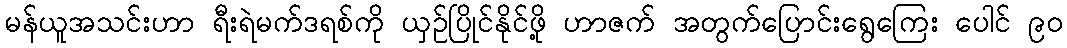
မန်ယူအသင်းဟာ ရီးရဲမက်ဒရစ်ကို ယှဉ်ပြိုင်နိုင်ဖို့ ဟာဇက် အတွက်ပြောင်းရွေကြေး ပေါင် ၉၀